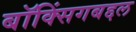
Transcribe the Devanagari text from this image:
बॉक्सिंगबद्दल